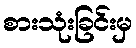
စားသုံးခြင်းမှ